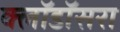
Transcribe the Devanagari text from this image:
क्लॉडॉसरा